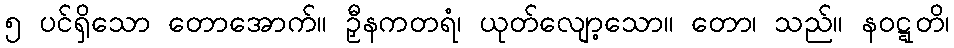
၅ ပင်ရှိသော တောအောက်။ ဉှီနကတရံ၊ ယုတ်လျော့သော။ တော၊ သည်။ နဝဋ္ဋတိ၊